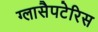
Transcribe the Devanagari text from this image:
ग्लासैपटेरिस